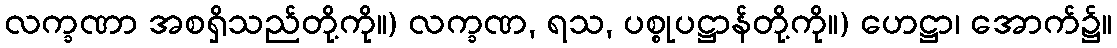
လက္ခဏာ အစရှိသည်တို့ကို။) လက္ခဏ, ရသ, ပစ္စုပဋ္ဌာန်တို့ကို။) ဟေဋ္ဌာ၊ အောက်၌။